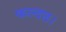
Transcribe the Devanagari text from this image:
फल्दछ।